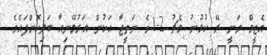
އެޓީމް ވަނީ ރޭ ކުޅުނު މެޗު 2-1ގެ ނަތީޖާ އަކުން އަރުމޭނިއާ ބަލިކޮށްފައެވެ.